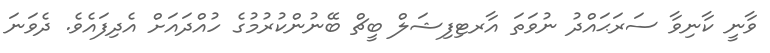
ވާނީ ކާނިވާ ސަރަޙައްދު ނުވަތަ އާރޓިފިޝަލް ބީޗް ބޭނުންކުރުމުގެ ހުއްދައަށް އެދިފައެވެ. ދެވަނަ